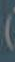
)